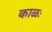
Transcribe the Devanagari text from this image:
काळः